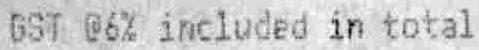
GST @6% INCLUDED IN TOTAL